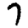
Digit: 7